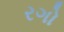
રગો